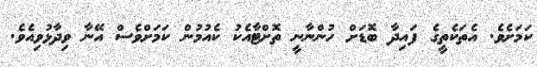
ކަމަށެވެ. އެތަކެތީގެ ފައިދާ ބޮޑަށް ހުންނާނީ ތޮށްޓާއެކު ކެއުމުން ކަމަށްވެސް އޭނާ ވިދާޅުވިއެވެ.